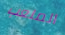
الملعب